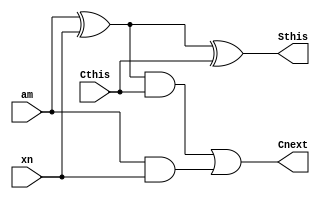
module FACell(output Cnext, Sthis, input xn, am, Cthis);
  
  wire t1, t2, t3;
  xor (t1, am, xn);
  and (t2, t1, Cthis);
  and (t3, am, xn);
  or (Cnext, t2, t3);
  xor (Sthis, t1, Cthis);

endmodule